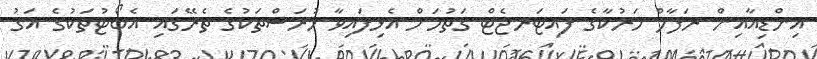
އިންޑިއާއިން ރަފާލް މަރުކާގެ ފައިޓަރޖެޓް ގަތުމަށް އެޅިފައިވާ ހުރަސްތަކުގެ ތެރޭގައި އެބޯޓުތަކުގެ އަގު